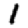
Digit: 1